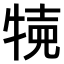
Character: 𤙸